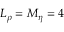
L _ { \rho } = M _ { \eta } = 4